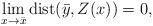
LaTeX: \begin{align*}\lim_{x\rightarrow \bar x} {\rm dist} (\bar y, {Z}(x))=0,\end{align*}